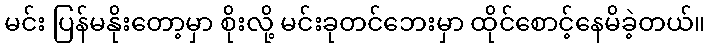
မင်း ပြန်မနိုးတော့မှာ စိုးလို့ မင်းခုတင်ဘေးမှာ ထိုင်စောင့်နေမိခဲ့တယ်။